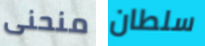
منحنى سلطان